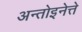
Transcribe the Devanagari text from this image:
अन्तोइनेत्ते